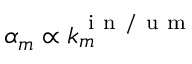
\alpha _ { m } \propto k _ { m } ^ { \mathrm { ~ i ~ n ~ / ~ u ~ m ~ } }